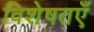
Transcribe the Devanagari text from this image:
विशेषतएँ